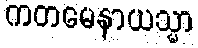
ကတမေနာယသ္မာ